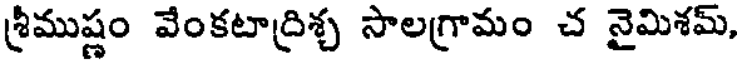
శ్రీముష్ణం వేంకటాద్రిశ్చ సాలగ్రామం చ నైమిశమ్,